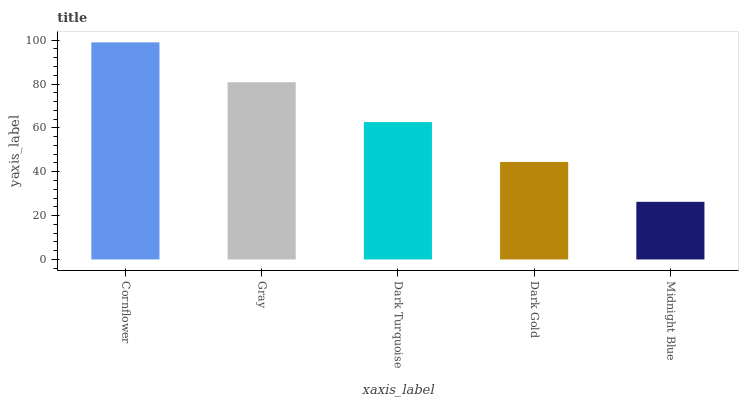
| xaxis_label | bars |
 | --- | --- |
 | Cornflower | 99 |
 | Gray | 80.8 |
 | Dark Turquoise | 62.6 |
 | Dark Gold | 44.5 |
 | Midnight Blue | 26.3 |